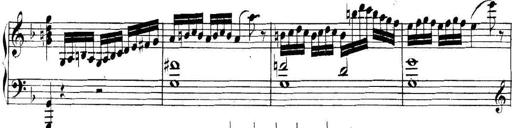
Title: Collected Piano Sonatas
Composer: Muzio Clementi